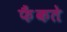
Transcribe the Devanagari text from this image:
फैंकते